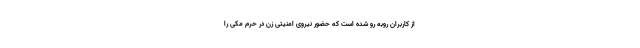
از کاربران روبه رو شده است که حضور نیروی امنیتی زن در حرم مکی را